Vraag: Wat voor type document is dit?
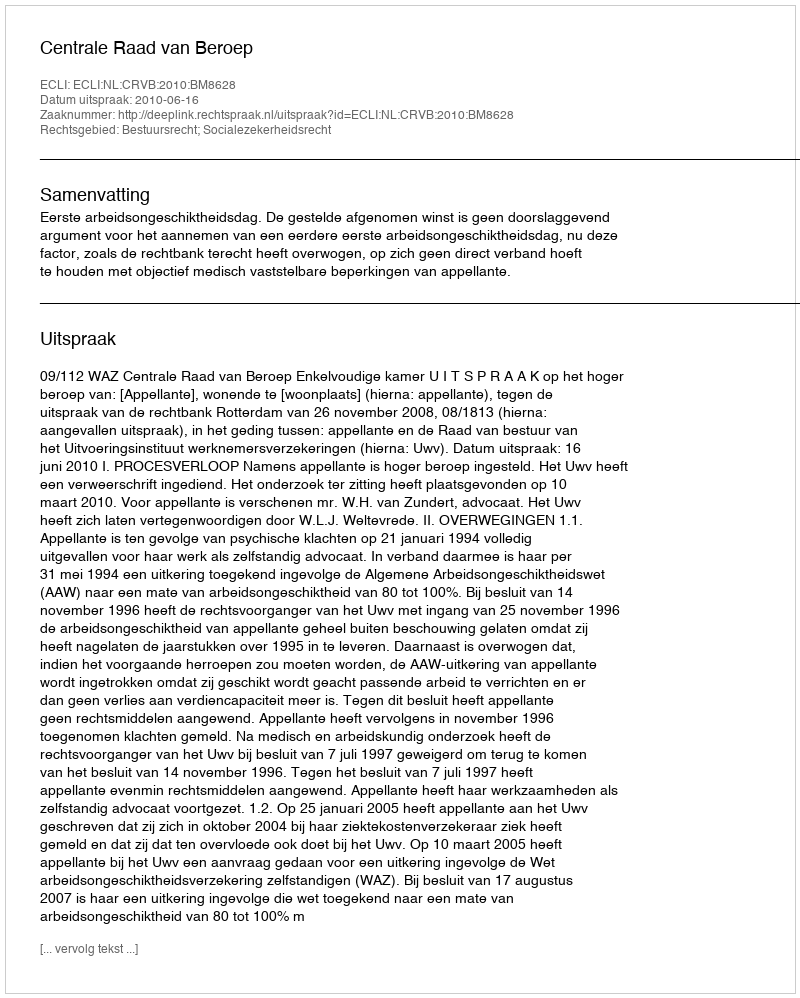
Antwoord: Uitspraak